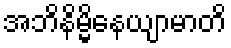
အဘိနိမ္မိနေယျာမာတိ